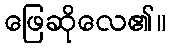
ဖြေဆိုလေ၏။